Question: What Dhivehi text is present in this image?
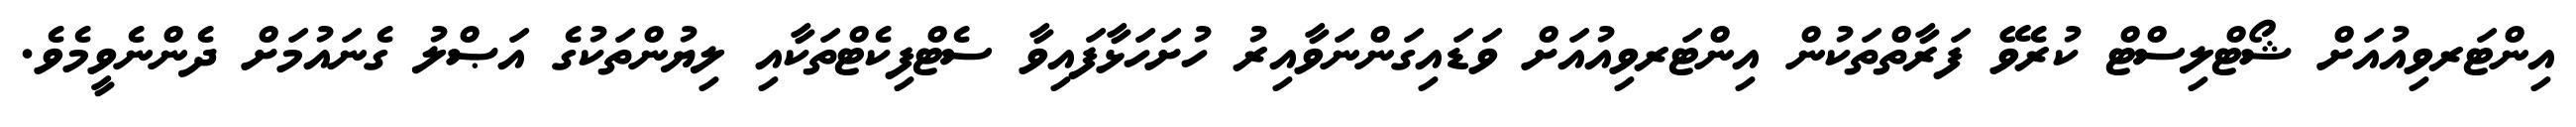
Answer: އިންޓަރވިއުއަށް ޝޯޓްލިސްޓް ކުރެވޭ ފަރާތްތަކުން އިންޓަރވިއުއަށް ވަޑައިގަންނަވާއިރު ހުށަހަޅާފައިވާ ސެޓްފިކެޓްތަކާއި ލިޔުންތަކުގެ އަޞްލު ގެނައުމަށް ދެންނެވީމެވެ.